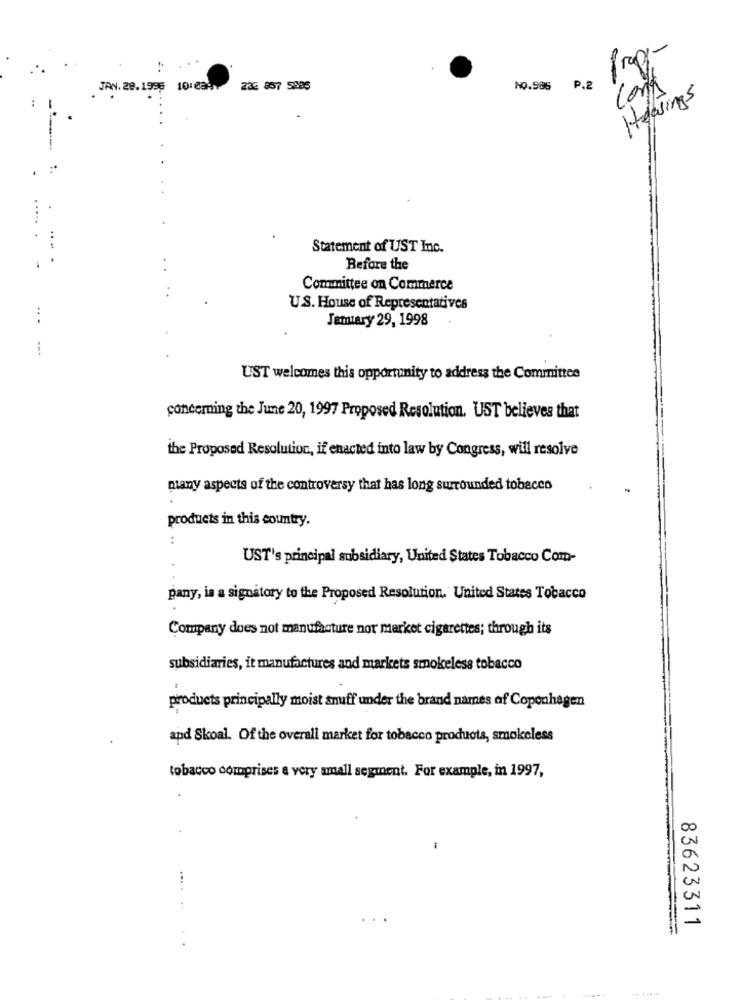
Propy-
Cont
JAN. 29. 1996
10:0391
23E 857 5985
NO.986 P.2
Housings
Statement of UST Inc.
.
Before the
Committee on Commerce
US. House of Representatives
Jamiery 29, 1998
UST welcomes this opportunity to address the Committee
concerning the June 20, 1997 Proposed Resolution. UST believes that
the Proposed Resolution, if enacted into law by Congress, will resolve
many aspects of the controversy that has long surrounded tobacco
products in this country.
UST's principal subsidiary, United States Tobacco Com-
pany, is a signatory to the Proposed Resolution. United States Tobacco
Company does not manufacture nor market cigarettes; through its
subsidiaries, it manufactures and markets smokeless tobacco
products principally moist snuff under the brand names of Copenhagen
and Skoal. Of the overall market for tobacco products, smokeless
tobacco comprises a very small segment. For example, in 1997,
....
83623311